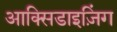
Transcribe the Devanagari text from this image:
आक्सिडाइज़िंग